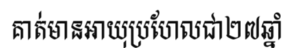
គាត់មានអាយុប្រហែលជា២៧ឆ្នាំ